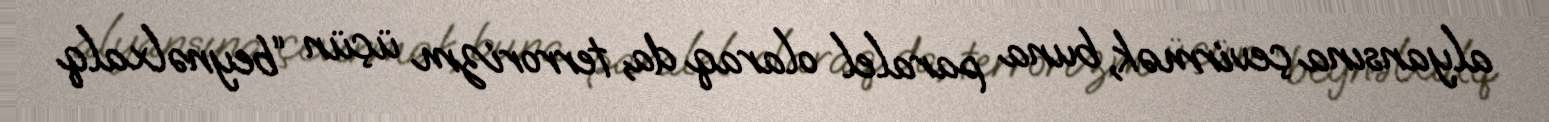
alyansına çevirmək, buna paralel olaraq da, terrorizm üçün “beynəlxalq